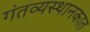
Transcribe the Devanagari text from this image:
गंतव्यस्थानकात